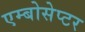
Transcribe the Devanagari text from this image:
एम्बोसेप्टर